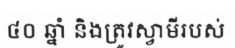
៤០ ឆ្នាំ និងត្រូវស្វាមីរបស់